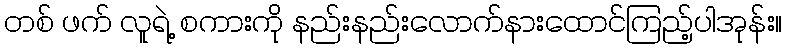
တစ် ဖက် လူရဲ့ စကားကို နည်းနည်းလောက်နားထောင်ကြည့်ပါအုန်း။